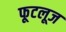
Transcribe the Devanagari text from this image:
फूटलूज